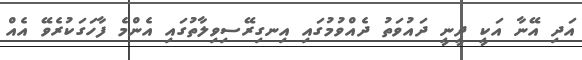
އަދި އޭނާ އަކީ ދީނީ ދައުވަތު ދެއްވުމުގައި އިނގިރޭސިވިލާތުގައި އެންމެ ފާހަގަކުރެވޭ އެއް